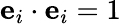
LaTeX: \mathbf{e}_{i}\cdot\mathbf{e}_{i}=1